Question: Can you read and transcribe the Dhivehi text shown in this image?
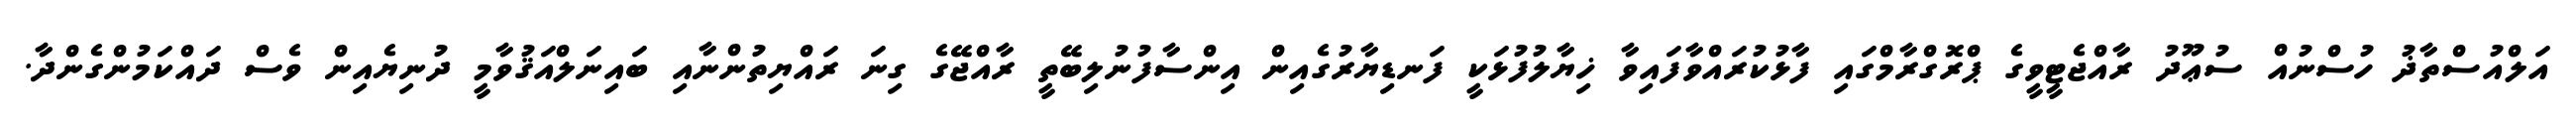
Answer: އަލްއުސްތާޛު ހުސްނުއް ސުޢޫދު ރާއްޖެޓީވީގެ ޕްރޮގްރާމްގައި ފާޅުކުރައްވާފައިވާ ޚިޔާލުފުޅަކީ ފަނޑިޔާރުގެއިން އިންސާފުނުލިބޭތީ ރާއްޖޭގެ ގިނަ ރައްޔިތުންނާއި ބައިނަލްއަޤުވާމީ ދުނިޔެއިން ވެސް ދައްކަމުންގެންދާ.